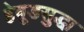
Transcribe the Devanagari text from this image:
हेवूडसुद्धा